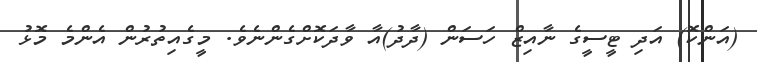
(އަންކޮ) އަދި ޓީސީގެ ނާއިޒް ހަސަން (ދާދު)އާ ވާދަކޮށްގެންނެވެ. މީގެއިތުރުން އެންމެ މޮޅު